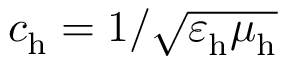
c _ { \mathrm { h } } ^ { } = 1 / \sqrt { \varepsilon _ { \mathrm { h } } ^ { } \mu _ { \mathrm { h } } ^ { } }